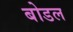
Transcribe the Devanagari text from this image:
बोडल